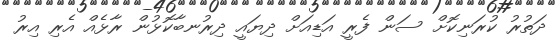
ދަތުރު ކުރަނިކޮށް ސަން ފެރީ އަޑިއަށް ދިޔައީ ދިރުނބާކޮޅުން ރާޅެއް އެރި އިރު